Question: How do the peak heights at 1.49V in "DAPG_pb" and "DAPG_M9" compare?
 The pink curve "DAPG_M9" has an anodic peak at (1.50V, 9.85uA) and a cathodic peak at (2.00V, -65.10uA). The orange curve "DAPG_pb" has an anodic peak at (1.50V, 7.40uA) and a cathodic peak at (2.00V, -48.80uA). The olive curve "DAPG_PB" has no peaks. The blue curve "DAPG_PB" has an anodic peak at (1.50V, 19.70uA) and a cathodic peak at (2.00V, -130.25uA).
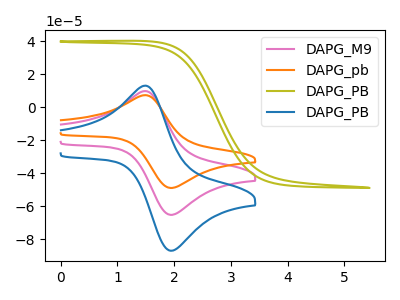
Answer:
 <answer>The peak at 1.49V is lower in "DAPG_pb" than in "DAPG_M9".</answer>
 <eval>lower</eval>